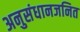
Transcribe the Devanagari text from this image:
अनुसंधानजनित